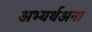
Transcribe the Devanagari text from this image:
अभ्यर्थअना